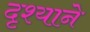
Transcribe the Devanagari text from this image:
दृश्याने